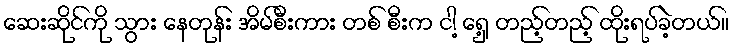
ဆေးဆိုင်ကို သွား နေတုန်း အိမ်စီးကား တစ် စီးက ငါ့ ရှေ့ တည့်တည့် ထိုးရပ်ခဲ့တယ်။